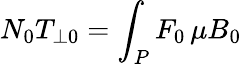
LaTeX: N_{0}T_{\bot 0}=\int_{P}F_{0}\, \mu B_{0}